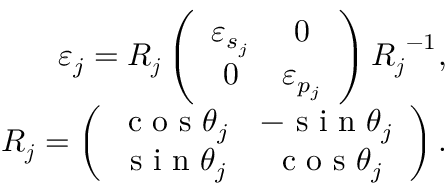
\begin{array} { r } { \varepsilon _ { j } = \boldsymbol { R _ { j } } \left( \begin{array} { c c } { \varepsilon _ { s _ { j } } } & { 0 } \\ { 0 } & { \varepsilon _ { p _ { j } } } \end{array} \right) \boldsymbol { R _ { j } } ^ { - 1 } , } \\ { \boldsymbol { R _ { j } } = \left( \begin{array} { c c } { \textrm { c o s } \theta _ { j } } & { - \textrm { s i n } \theta _ { j } } \\ { \textrm { s i n } \theta _ { j } } & { \textrm { c o s } \theta _ { j } } \end{array} \right) . } \end{array}